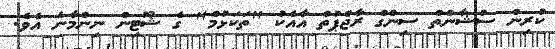
ކުރިން ސުޝާންތް ސިންގް ރާޖްޕުތް އާއެކު "ތަކަޅުމް" ގެ ޝޫޓިން ނިންމާނެ އެވެ.